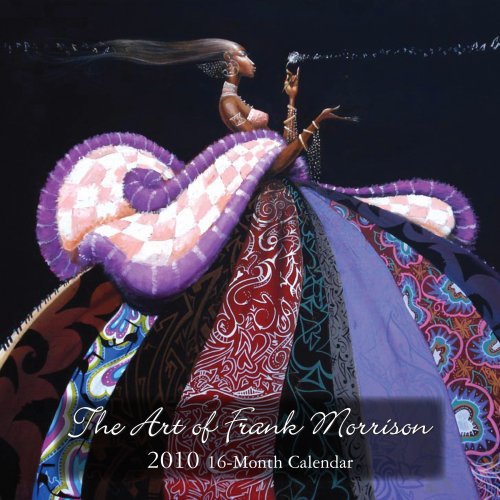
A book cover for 2010 Art of Frank Morrison Wall Calendar; Shades of Color; Calendars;